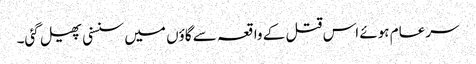
سرعام ہوئے اس قتل کے واقعہ سے گاؤں میں سنسنی پھیل گئی۔